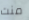
منت